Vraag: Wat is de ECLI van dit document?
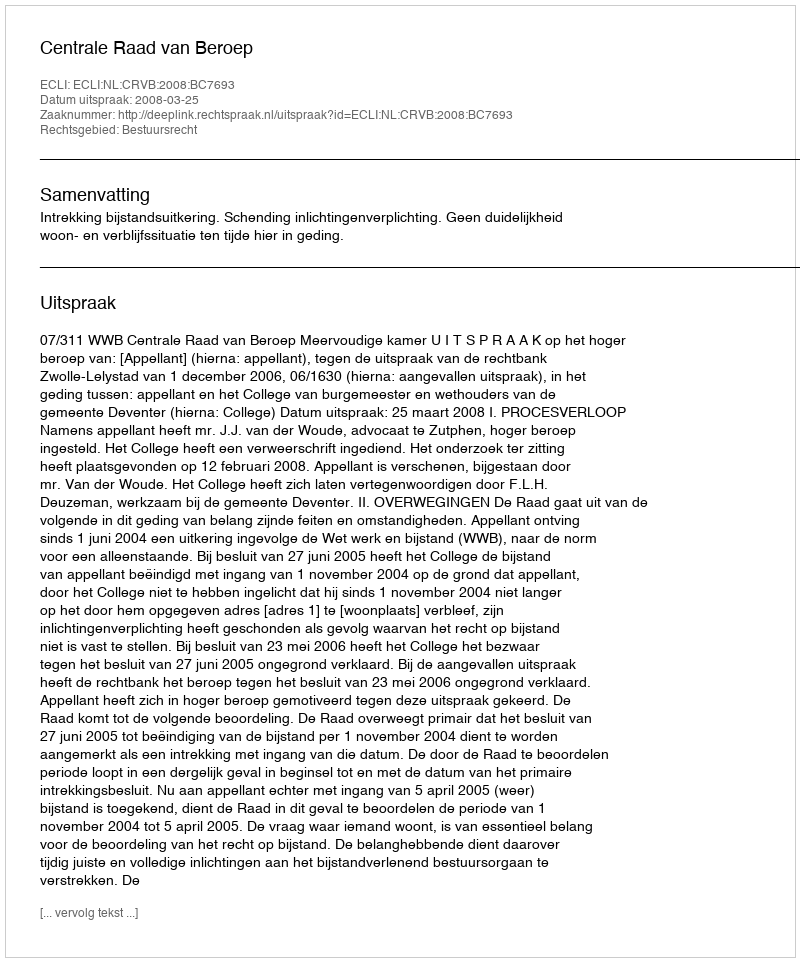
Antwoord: ECLI:NL:CRVB:2008:BC7693